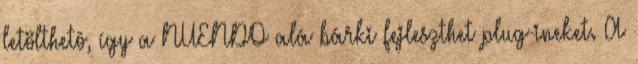
letölthetô, így a NUENDO alá bárki fejleszthet plug-ineket. A